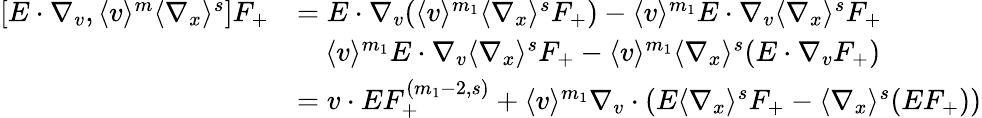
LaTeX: \begin{array}{rl}{[E\cdot\nabla_{v},\langle v\rangle^{m}\langle\nabla_{x}\rangle^{s}]F_{+}}&{=E\cdot\nabla_{v}(\langle v\rangle^{m_{1}}\langle\nabla_{x}\rangle^{s}F_{+})-\langle v\rangle^{m_{1}}E\cdot\nabla_{v}\langle\nabla_{x}\rangle^{s}F_{+}}\\ &{\quad\langle v\rangle^{m_{1}}E\cdot\nabla_{v}\langle\nabla_{x}\rangle^{s}F_{+}-\langle v\rangle^{m_{1}}\langle\nabla_{x}\rangle^{s}(E\cdot\nabla_{v}F_{+})}\\ &{=v\cdot EF_{+}^{(m_{1}-2,s)}+\langle v\rangle^{m_{1}}\nabla_{v}\cdot(E\langle\nabla_{x}\rangle^{s}F_{+}-\langle\nabla_{x}\rangle^{s}(EF_{+}))}\end{array}